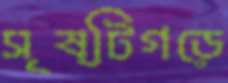
সৃষ্টিগড়ে